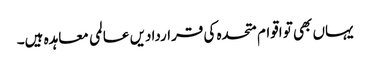
یہاں بھی تو اقوام متحدہ کی قراردادیں عالمی معاہدہ ہیں۔